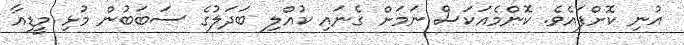
އުނި ކޮށްފައެވެ. ކޮންމެއަކަސް ނަމަށް ގެނައި ކުއްލި ބަދަލުގެ ސަބަބުން މުޅި މީޑިއާ